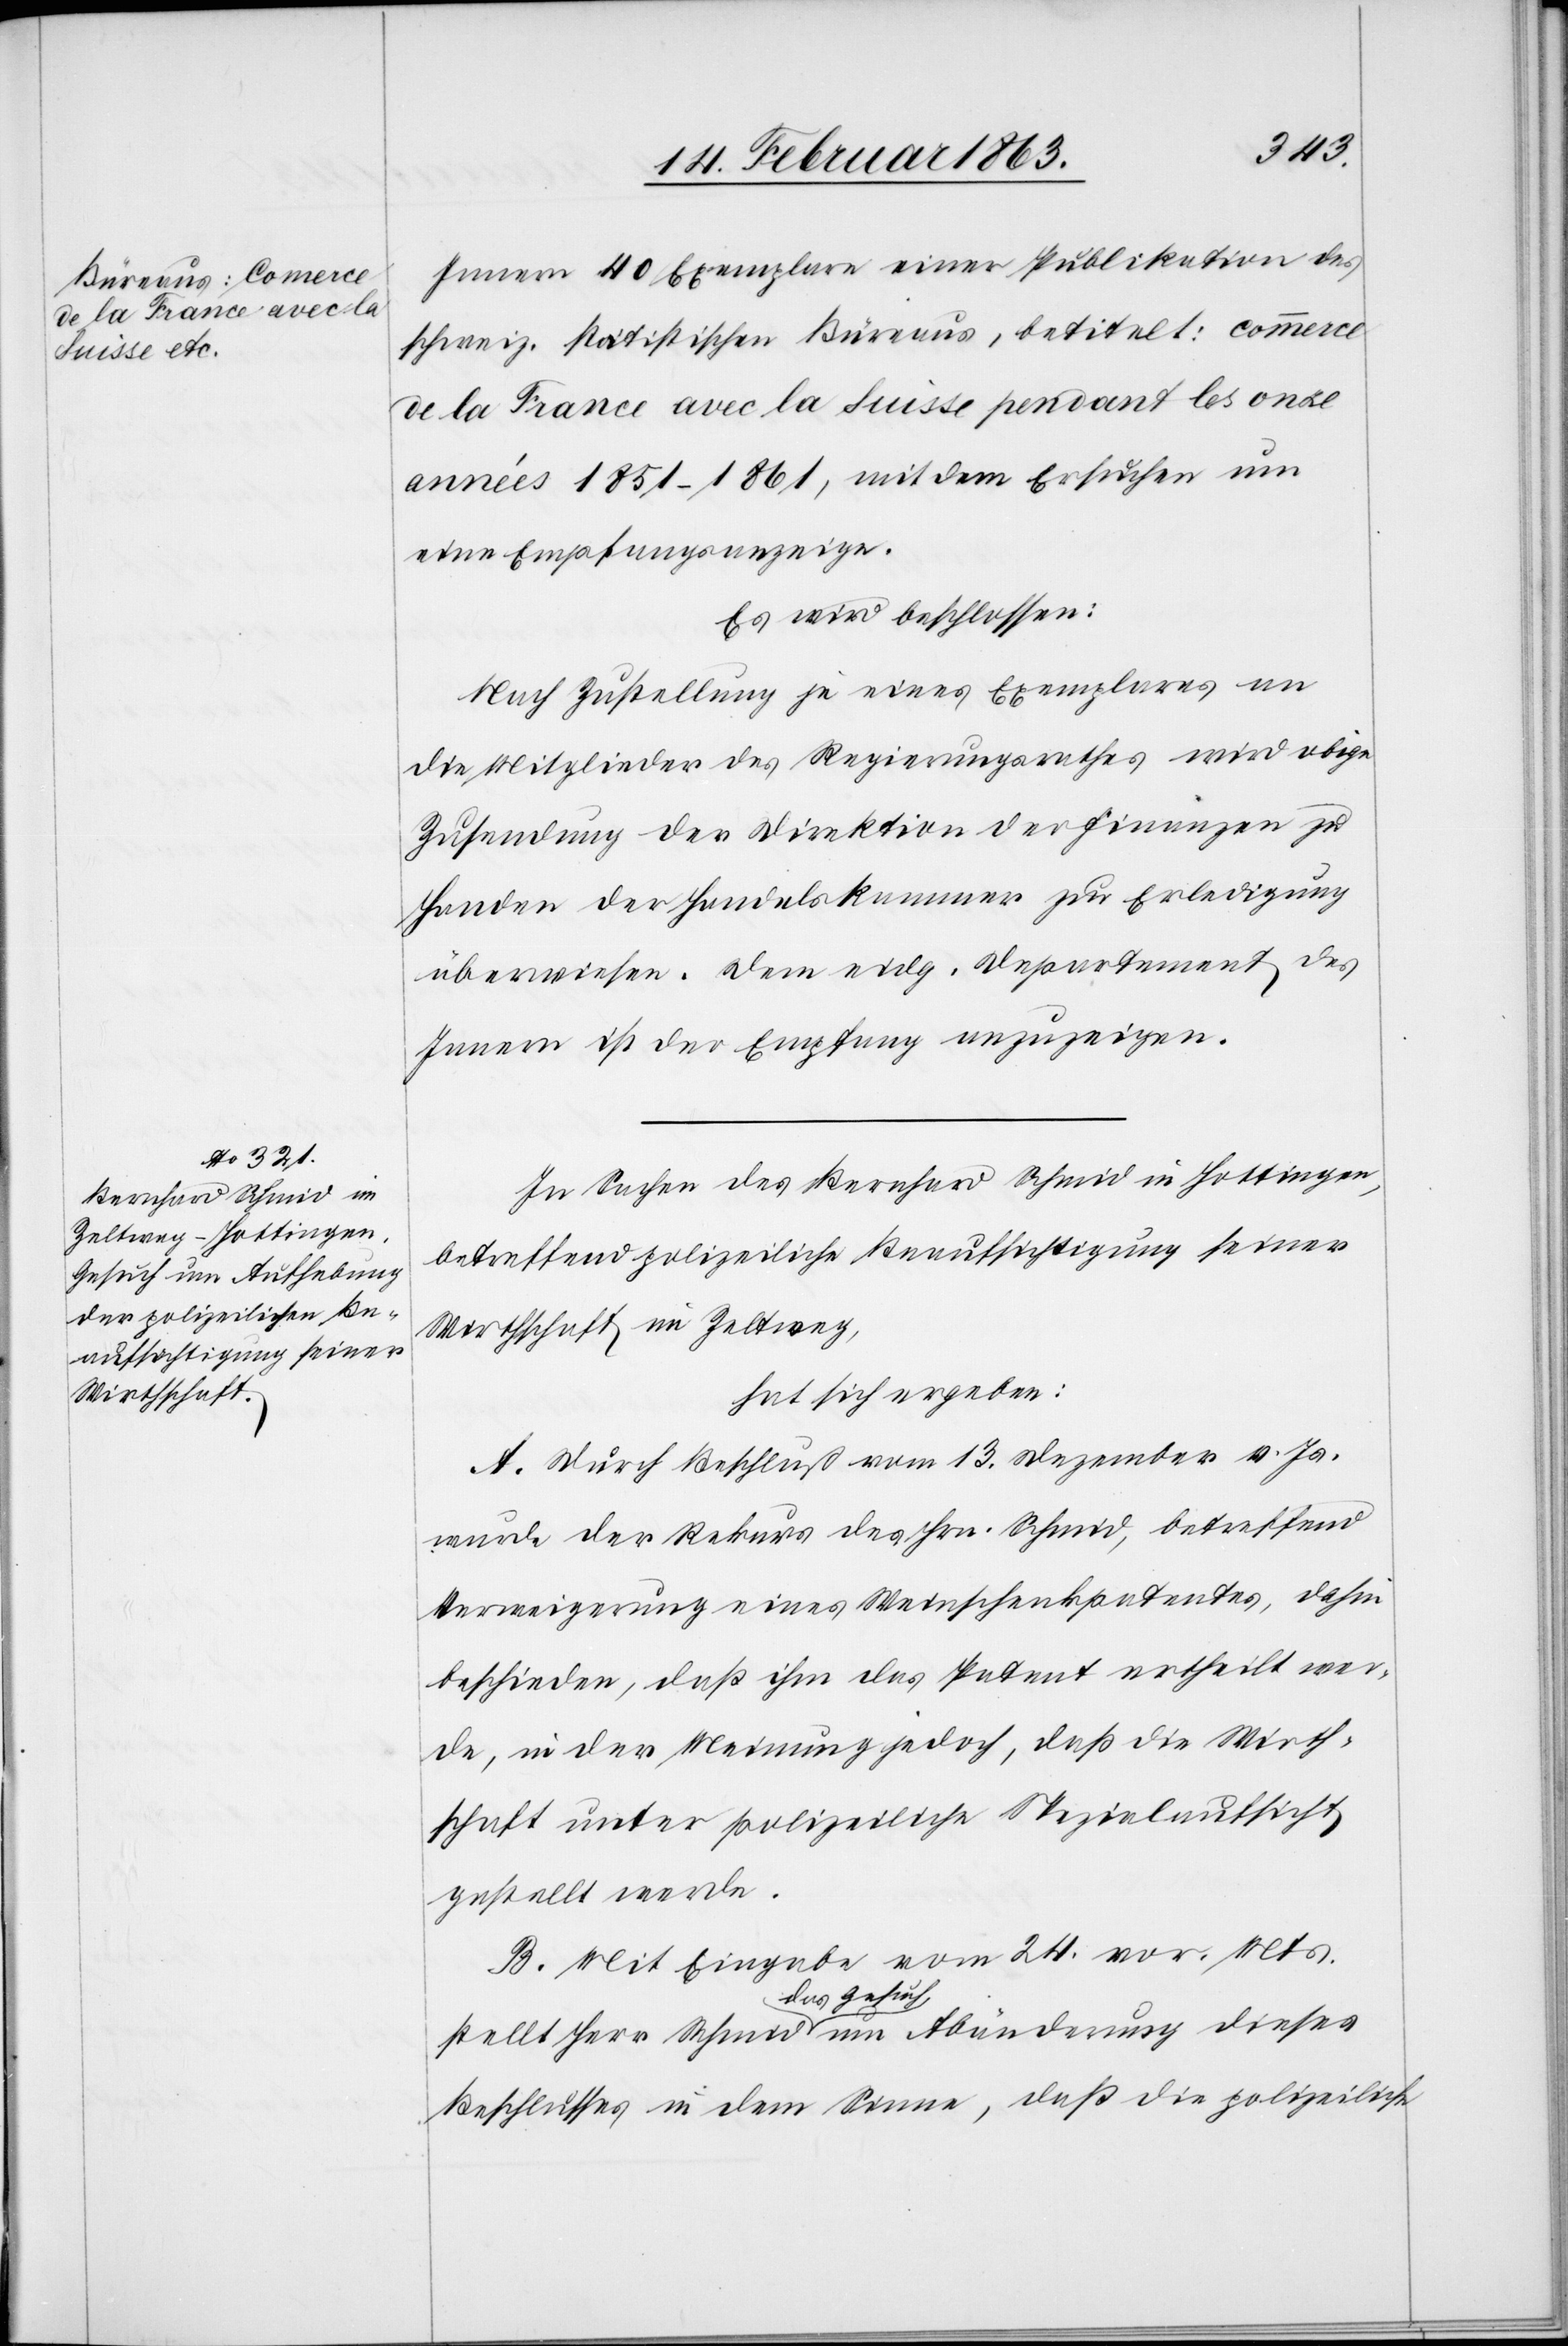
Innern 40 Exemplare einer Publikation des
schweiz. statistischen Büreaus, betitelt: commerce
de la France avec la Suisse pendant les onze
années 1851–1861, mit dem Ersuchen um
eine Empfangsanzeige.
Es wird beschlossen:
Nach Zustellung je eines Exemplares an
die Mitglieder des Regierungsrathes wird obige
Zusendung der Direktion der Finanzen zu
Handen der Handelskammer zur Erledigung
überwiesen. Dem eidg. Departement des
Innern ist der Empfang anzuzeigen.
In Sachen des Bernhard Schmid in Hottingen,
betreffend polizeiliche Beaufsichtigung seiner
Wirthschaft im Zeltweg,
hat sich ergeben:
A. Durch Beschluß vom 13. Dezember v. Js.
wurde der Rekurs des Hrn. Schmid, betreffend
Verweigerung eines Weinschenkpatentes, dahin
beschieden, daß ihm das Patent ertheilt wer¬
de, in der Meinung jedoch, daß die Wirth¬
schaft unter polizeiliche Spezialaufsicht
gestellt werde.
B. Mit Eingabe vom 24. vor. Mts.
stellt Herr Schmid das Gesuch um Abänderung dieses
Beschlusses in dem Sinne, daß die polizeiliche